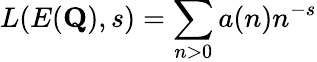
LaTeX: L(E(\mathbf{Q}),s)=\sum_{n>0}a(n)n^{-s}